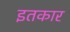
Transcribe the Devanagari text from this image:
इतकार